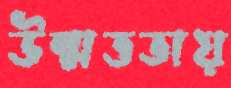
উন্মত্ততায়